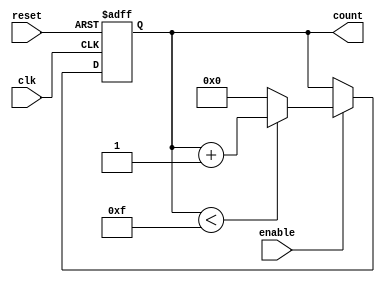
module ParameterizedCounter #(
    parameter WIDTH = 4,               // Number of bits in the counter
    parameter DIRECTION = "UP",         // Counting direction: "UP" or "DOWN"
    parameter MAX_COUNT = 15            // Maximum count value (must be <= 2**WIDTH - 1)
)(
    input wire clk,                     // Clock signal
    input wire reset,                   // Asynchronous reset signal
    input wire enable,                  // Enable signal
    output reg [WIDTH-1:0] count       // Current counter value
);

    // Define maximum count value based on WIDTH
    localparam MAX_COUNT_VALUE = (1 << WIDTH) - 1;

    always @(posedge clk or posedge reset) begin
        if (reset) begin
            count <= 0;                  // Reset counter to zero
        end else if (enable) begin
            if (DIRECTION == "UP") begin
                if (count < MAX_COUNT) begin
                    count <= count + 1;  // Increment count
                end else begin
                    count <= 0;          // Wrap to zero if MAX_COUNT is reached
                end
            end else if (DIRECTION == "DOWN") begin
                if (count > 0) begin
                    count <= count - 1;  // Decrement count
                end else begin
                    count <= MAX_COUNT;   // Wrap to MAX_COUNT if zero is reached
                end
            end
        end
    end

endmodule